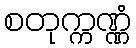
စတုက္ကဏ္ဏံ